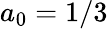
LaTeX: a_{0}=1/3